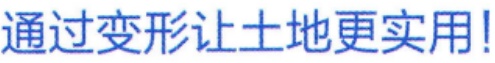
通过变形让土地更实用!